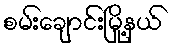
စမ်းချောင်းမြို့နယ်